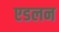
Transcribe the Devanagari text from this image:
एडलन